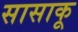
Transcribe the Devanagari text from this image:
सासाकू